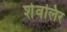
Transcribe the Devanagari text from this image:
शेवलिर